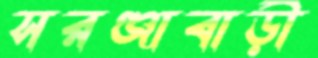
সরঞ্জাবাড়ী